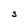
Character: S